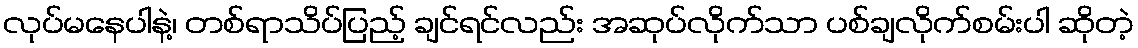
လုပ်မနေပါနဲ့၊ တစ်ရာသိပ်ပြည့် ချင်ရင်လည်း အဆုပ်လိုက်သာ ပစ်ချလိုက်စမ်းပါ ဆိုတဲ့